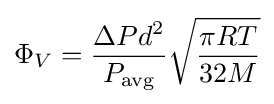
\Phi _{V}={\frac {\Delta Pd^{2}}{P_{\rm {avg}}}}{\sqrt {\frac {\pi RT}{32M}}}